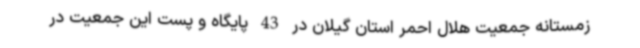
زمستانه جمعیت هلال احمر استان گیلان در 43 پایگاه و پست این جمعیت در